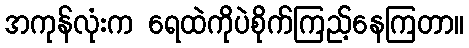
အကုန်လုံးက ရေထဲကိုပဲစိုက်ကြည့်နေကြတာ။